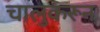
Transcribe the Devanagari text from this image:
चालुकरून